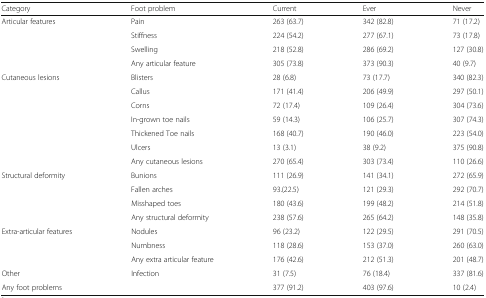
<table><thead><tr><td><b>Category</b></td><td><b>Foot problem</b></td><td><b>Current</b></td><td><b>Ever</b></td><td><b>Never</b></td></tr></thead><tbody><tr><td rowspan="4">Articular features</td><td>Pain</td><td>263 (63.7)</td><td>342 (82.8)</td><td>71 (17.2)</td></tr><tr><td>Stiffness</td><td>224 (54.2)</td><td>277 (67.1)</td><td>73 (17.8)</td></tr><tr><td>Swelling</td><td>218 (52.8)</td><td>286 (69.2)</td><td>127 (30.8)</td></tr><tr><td>Any articular feature</td><td>305 (73.8)</td><td>373 (90.3)</td><td>40 (9.7)</td></tr><tr><td>Cutaneous lesions</td><td>Blisters</td><td>28 (6.8)</td><td>73 (17.7)</td><td>340 (82.3)</td></tr><tr><td rowspan="6"></td><td>Callus</td><td>171 (41.4)</td><td>206 (49.9)</td><td>297 (50.1)</td></tr><tr><td>Corns</td><td>72 (17.4)</td><td>109 (26.4)</td><td>304 (73.6)</td></tr><tr><td>In-grown toe nails</td><td>59 (14.3)</td><td>106 (25.7)</td><td>307 (74.3)</td></tr><tr><td>Thickened Toe nails</td><td>168 (40.7)</td><td>190 (46.0)</td><td>223 (54.0)</td></tr><tr><td>Ulcers</td><td>13 (3.1)</td><td>38 (9.2)</td><td>375 (90.8)</td></tr><tr><td>Any cutaneous lesions</td><td>270 (65.4)</td><td>303 (73.4)</td><td>110 (26.6)</td></tr><tr><td rowspan="4">Structural deformity</td><td>Bunions</td><td>111 (26.9)</td><td>141 (34.1)</td><td>272 (65.9)</td></tr><tr><td>Fallen arches</td><td>93.(22.5)</td><td>121 (29.3)</td><td>292 (70.7)</td></tr><tr><td>Misshaped toes</td><td>180 (43.6)</td><td>199 (48.2)</td><td>214 (51.8)</td></tr><tr><td>Any structural deformity</td><td>238 (57.6)</td><td>265 (64.2)</td><td>148 (35.8)</td></tr><tr><td rowspan="3">Extra-articular features</td><td>Nodules</td><td>96 (23.2)</td><td>122 (29.5)</td><td>291 (70.5)</td></tr><tr><td>Numbness</td><td>118 (28.6)</td><td>153 (37.0)</td><td>260 (63.0)</td></tr><tr><td>Any extra articular feature</td><td>176 (42.6)</td><td>212 (51.3)</td><td>201 (48.7)</td></tr><tr><td>Other</td><td>Infection</td><td>31 (7.5)</td><td>76 (18.4)</td><td>337 (81.6)</td></tr><tr><td>Any foot problems</td><td></td><td>377 (91.2)</td><td>403 (97.6)</td><td>10 (2.4)</td></tr></tbody></table>